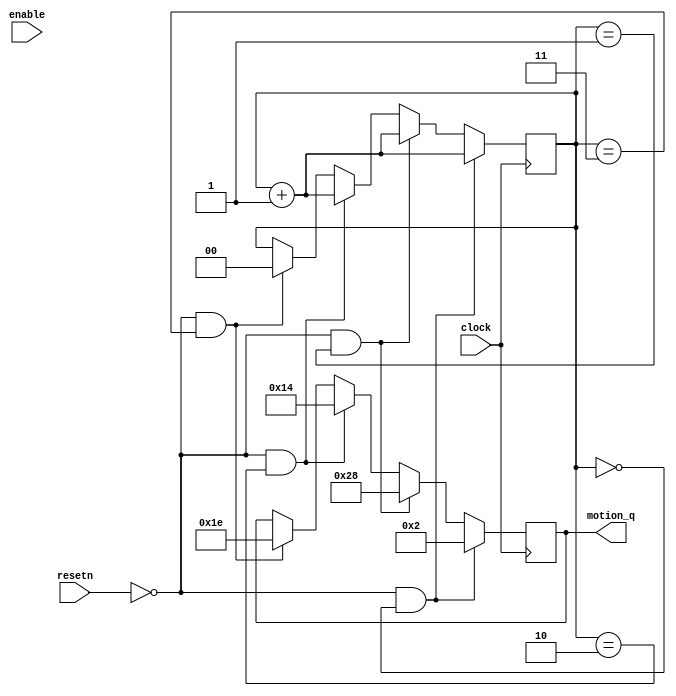

module motionx1(resetn,clock,enable,motion_q);
	input resetn;
	input clock; 
	input enable;
	output reg [7:0] motion_q;
	reg [1:0] temp = 0;
	always @(posedge clock) // triggered every time clock rises
		begin
			if (resetn == 1'b0 && temp == 2'd0) // when Clear b is 0
			begin
				motion_q <= 8'd2; // q is set to 0
				temp<= temp +1;
			end
			else if (resetn == 1'b0 && temp == 2'd1)
			begin			
				motion_q <= 8'd40;
				temp<= temp +1;
			end
			else if (resetn == 1'b0 && temp == 2'd2)
			begin
				motion_q <= 8'd20;
				temp<= temp +1;
			end
			else if (resetn == 1'b0 && temp == 2'd3)
			begin
				motion_q <= 8'd30;
				temp<= 2'd0;
			end
			else
				motion_q <= motion_q;
		end
endmodule

module motiony1(resetn,clock,enable,motion_q);
	input resetn;
	input clock;
	input enable;
	output reg [6:0] motion_q;


	always @(posedge clock) // triggered every time clock rises
		begin
			if (resetn == 1'b0) // when Clear b is 0			
				motion_q <= 7'd0; // q is set to 0
			else if (motion_q == 0 && enable == 1 )
				motion_q <= 7'd119;
			else if (enable == 1)
				motion_q <= motion_q - 1;
			else
				motion_q <= motion_q;
		end
endmodule


module motionx2(resetn,clock,enable,motion_q);
	input resetn;
	input clock; 
	input enable;
	output reg [7:0] motion_q;
	reg [1:0] temp = 0;
	always @(posedge clock) // triggered every time clock rises
		begin
			if (resetn == 1'b0 && temp == 2'd0) // when Clear b is 0
			begin			
				motion_q <= 8'd100; // q is set to 0
				temp<= temp +1;
			end
			else if (resetn == 1'b0 && temp == 2'd1)
			begin
				motion_q <= 8'd120;
				temp<= temp +1;
			end
			else if (resetn == 1'b0 && temp == 2'd2)
			begin
				motion_q <= 8'd110;
				temp<= temp +1;
			end
			else if (resetn == 1'b0 && temp == 2'd3)
			begin
				motion_q <= 8'd95;
				temp<= 2'd0;
			end
			else
				motion_q <= motion_q;

		end
endmodule

module motiony2(resetn,clock,enable,motion_q);
	input resetn;
	input clock;
	input enable;
	output reg [6:0] motion_q;

	always @(posedge clock) // triggered every time clock rises
		begin
			if (resetn == 1'b0) // when Clear b is 0			
				motion_q <= 7'd0; // q is set to 0
			else if (motion_q == 0 && enable == 1 )
				motion_q <= 7'd119;
			else if (enable == 1)
				motion_q <= motion_q - 1;
			else
				motion_q <= motion_q;
		end
endmodule


module motionx3(resetn,clock,enable,motion_q);
	input resetn;
	input clock; 
	input enable;
	output reg [7:0] motion_q;
	reg direction = 0;
	always @(posedge clock) // triggered every time clock rises
		begin
			if (resetn == 1'b0) // when Clear b is 0			
				motion_q <= 8'd80; // q is set to 0
		 	else if (motion_q == 1 && direction ==0)
				direction <= 1;
			else if (motion_q == 8'd119 && direction == 1)
				direction <= 0;
			else if (direction == 1)
				motion_q <= motion_q + 1;
			else if (direction == 0)
				motion_q <= motion_q - 1;

		end
endmodule

module motiony3(resetn,clock,enable,motion_q);
	input resetn;
	input clock;
	input enable;
	output reg [6:0] motion_q;

	always @(posedge clock) // triggered every time clock rises
		begin
			if (resetn == 1'b0) // when Clear b is 0			
				motion_q <= 7'd20; // q is set to 0
			else if (motion_q == 0 && enable == 1 )
				motion_q <= 7'd119;
			else if (enable == 1)
				motion_q <= motion_q - 1;
			else
				motion_q <= motion_q;
		end
endmodule


module motionx4(resetn,clock,enable,motion_q);
	input resetn;
	input clock; 
	input enable;
	output reg [7:0] motion_q;
	reg [1:0] temp = 0;
	always @(posedge clock) // triggered every time clock rises
		begin
			if (resetn == 1'b0 && temp == 2'd0) // when Clear b is 0	
			begin		
				motion_q <= 8'd30; // q is set to 0
				temp<= temp +1;
			end
			else if (resetn == 1'b0 && temp == 2'd1)
			begin
				motion_q <= 8'd50;
				temp<= temp +1;
			end
			else if (resetn == 1'b0 && temp == 2'd2)
			begin
				motion_q <= 8'd40;
				temp<= temp +1;
			end
			else if (resetn == 1'b0 && temp == 2'd3)
			begin
				motion_q <= 8'd10;
				temp<= 2'd0;
			end
			else
				motion_q <= motion_q;
		end
endmodule

module motiony4(resetn,clock,enable,motion_q);
	input resetn;
	input clock;
	input enable;
	output reg [6:0] motion_q;
	always @(posedge clock) // triggered every time clock rises
		begin
			if (resetn == 1'b0) // when Clear b is 0			
				motion_q <= 7'd40; // q is set to 0
			else if (motion_q == 0 && enable == 1 )
				motion_q <= 7'd119;
			else if (enable == 1)
				motion_q <= motion_q - 1;
			else
				motion_q <= motion_q;
		end
endmodule


module motionx5(resetn,clock,enable,motion_q);
	input resetn;
	input clock; 
	input enable;
	output reg [7:0] motion_q;
	reg [1:0] temp = 0;
	always @(posedge clock) // triggered every time clock rises
		begin
			if (resetn == 1'b0 && temp == 2'd0) // when Clear b is 0
			begin			
				motion_q <= 8'd120; // q is set to 0
				temp<= temp +1;
			end
			else if (resetn == 1'b0 && temp == 2'd1)
			begin
				motion_q <= 8'd110;
				temp<= temp +1;
			end
			else if (resetn == 1'b0 && temp == 2'd2)
			begin
				motion_q <= 8'd120;
				temp<= temp +1;
			end
			else if (resetn == 1'b0 && temp == 2'd3)
			begin
				motion_q <= 8'd100;
				temp<= 2'd0;
			end
			else
				motion_q <= motion_q;
		end
endmodule

module motiony5(resetn,clock,enable,motion_q);
	input resetn;
	input clock;
	input enable;
	output reg [6:0] motion_q;

	always @(posedge clock) // triggered every time clock rises
		begin
			if (resetn == 1'b0) // when Clear b is 0			
				motion_q <= 7'd40; // q is set to 0
			else if (motion_q == 0 && enable == 1 )
				motion_q <= 7'd119;
			else if (enable == 1)
				motion_q <= motion_q - 1;
			else
				motion_q <= motion_q;
		end
endmodule


module motionx6(resetn,clock,enable,motion_q);
	input resetn;
	input clock; 
	input enable;
	output reg [7:0] motion_q;
	reg [1:0] temp = 0;
	always @(posedge clock) // triggered every time clock rises
		begin
			if (resetn == 1'b0 && temp == 2'd0) // when Clear b is 0
			begin			
				motion_q <= 8'd2; // q is set to 0
				temp<= temp +1;
			end
			else if (resetn == 1'b0 && temp == 2'd1)
			begin
				motion_q <= 8'd20;
				temp<= temp +1;
			end
			else if (resetn == 1'b0 && temp == 2'd2)
			begin
				motion_q <= 8'd5;
				temp<= temp +1;
			end
			else if (resetn == 1'b0 && temp == 2'd3)
			begin
				motion_q <= 8'd45;
				temp<= 2'd0;
			end
			else
				motion_q <= motion_q;
		end
endmodule

module motiony6(resetn,clock,enable,motion_q);
	input resetn;
	input clock;
	input enable;
	output reg [6:0] motion_q;

	always @(posedge clock) // triggered every time clock rises
		begin
			if (resetn == 1'b0) // when Clear b is 0			
				motion_q <= 7'd60; // q is set to 0
			else if (motion_q == 0 && enable == 1 )
				motion_q <= 7'd119;
			else if (enable == 1)
				motion_q <= motion_q - 1;
			else
				motion_q <= motion_q;
		end
endmodule


module motionx7(resetn,clock,enable,motion_q);
	input resetn;
	input clock; 
	input enable;
	output reg [7:0] motion_q;
	reg [1:0] temp = 0;
	always @(posedge clock) // triggered every time clock rises
		begin
			if (resetn == 1'b0 && temp == 2'd0) // when Clear b is 0	
			begin		
				motion_q <= 8'd70; // q is set to 0
				temp<= temp +1;
			end
			else if (resetn == 1'b0 && temp == 2'd1)
			begin
				motion_q <= 8'd80;
				temp<= temp +1;
			end
			else if (resetn == 1'b0 && temp == 2'd2)
			begin
				motion_q <= 8'd100;
				temp<= temp +1;
			end
			else if (resetn == 1'b0 && temp == 2'd3)
			begin
				motion_q <= 8'd110;
				temp<= 2'd0;
			end
			else
				motion_q <= motion_q;
		end
endmodule

module motiony7(resetn,clock,enable,motion_q);
	input resetn;
	input clock;
	input enable;
	output reg [6:0] motion_q;

	always @(posedge clock) // triggered every time clock rises
		begin
			if (resetn == 1'b0) // when Clear b is 0			
				motion_q <= 7'd60; // q is set to 0
			else if (motion_q == 0 && enable == 1 )
				motion_q <= 7'd119;
			else if (enable == 1)
				motion_q <= motion_q - 1;
			else
				motion_q <= motion_q;
		end
endmodule


module motionx8(resetn,clock,enable,motion_q);
	input resetn;
	input clock; 
	input enable;
	output reg [7:0] motion_q;
	reg direction = 1;
	always @(posedge clock) // triggered every time clock rises
		begin
			if (resetn == 1'b0) // when Clear b is 0
				motion_q <= 8'd40; // q is set to 0
		 	else if (motion_q == 1 && direction ==0)
				direction <= 1;
			else if (motion_q == 8'd119 && direction == 1)
				direction <= 0;
			else if (direction == 1)
				motion_q <= motion_q + 1;
			else if (direction == 0)
				motion_q <= motion_q - 1;

		end
endmodule

module motiony8(resetn,clock,enable,motion_q);
	input resetn;
	input clock;
	input enable;
	output reg [6:0] motion_q;

	always @(posedge clock) // triggered every time clock rises
		begin
			if (resetn == 1'b0) // when Clear b is 0			
				motion_q <= 7'd80; // q is set to 0
			else if (motion_q == 0 && enable == 1 )
				motion_q <= 7'd119;
			else if (enable == 1)
				motion_q <= motion_q - 1;
			else
				motion_q <= motion_q;
		end
endmodule


module motionx9(resetn,clock,enable,motion_q);
	input resetn;
	input clock; 
	input enable;
	output reg [7:0] motion_q;
	reg [1:0] temp = 0;
	always @(posedge clock) // triggered every time clock rises
		begin
			if (resetn == 1'b0 && temp == 2'd0) // when Clear b is 0
			begin			
				motion_q <= 8'd10; // q is set to 0
				temp<= temp +1;
			end
			else if (resetn == 1'b0 && temp == 2'd1)
			begin
				motion_q <= 8'd20;
				temp<= temp +1;
			end
			else if (resetn == 1'b0 && temp == 2'd2)
			begin
				motion_q <= 8'd30;
				temp<= temp +1;
			end
			else if (resetn == 1'b0 && temp == 2'd3)
			begin
				motion_q <= 8'd5;
				temp<= 2'd0;
			end
			else
				motion_q <= motion_q;
		end
endmodule

module motiony9(resetn,clock,enable,motion_q);
	input resetn;
	input clock;
	input enable;
	output reg [6:0] motion_q;

	always @(posedge clock) // triggered every time clock rises
		begin
			if (resetn == 1'b0) // when Clear b is 0			
				motion_q <= 7'd100; // q is set to 0
			else if (motion_q == 0 && enable == 1 )
				motion_q <= 7'd119;
			else if (enable == 1)
				motion_q <= motion_q - 1;
			else
				motion_q <= motion_q;
		end
endmodule


module motionx10(resetn,clock,enable,motion_q);
	input resetn;
	input clock; 
	input enable;
	output reg [7:0] motion_q;
	reg [1:0] temp = 0;
	always @(posedge clock) // triggered every time clock rises
		begin
			if (resetn == 1'b0 && temp == 2'd0) // when Clear b is 0
			begin			
				motion_q <= 8'd120; // q is set to 0
				temp<= temp +1;
			end
			else if (resetn == 1'b0 && temp == 2'd1)
			begin
				motion_q <= 8'd100;
				temp<= temp +1;
			end
			else if (resetn == 1'b0 && temp == 2'd2)
			begin
				motion_q <= 8'd110;
				temp<= temp +1;
			end
			else if (resetn == 1'b0 && temp == 2'd3)
			begin
				motion_q <= 8'd105;
				temp<= 2'd0;
			end
			else
				motion_q <= motion_q;

		end
endmodule

module motiony10(resetn,clock,enable,motion_q);
	input resetn;
	input clock;
	input enable;
	output reg [6:0] motion_q;

	always @(posedge clock) // triggered every time clock rises
		begin
			if (resetn == 1'b0) // when Clear b is 0			
				motion_q <= 7'd100; // q is set to 0
			else if (motion_q == 0 && enable == 1 )
				motion_q <= 7'd119;
			else if (enable == 1)
				motion_q <= motion_q - 1;
			else
				motion_q <= motion_q;
		end
endmodule